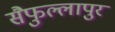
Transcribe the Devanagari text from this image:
सैफुल्लापुर